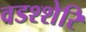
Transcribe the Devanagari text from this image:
वडश्शेरि